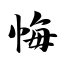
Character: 悔